Lunatic asylums in Bengal annual reports 1912-1924 - 1912-1924
Year: 1912
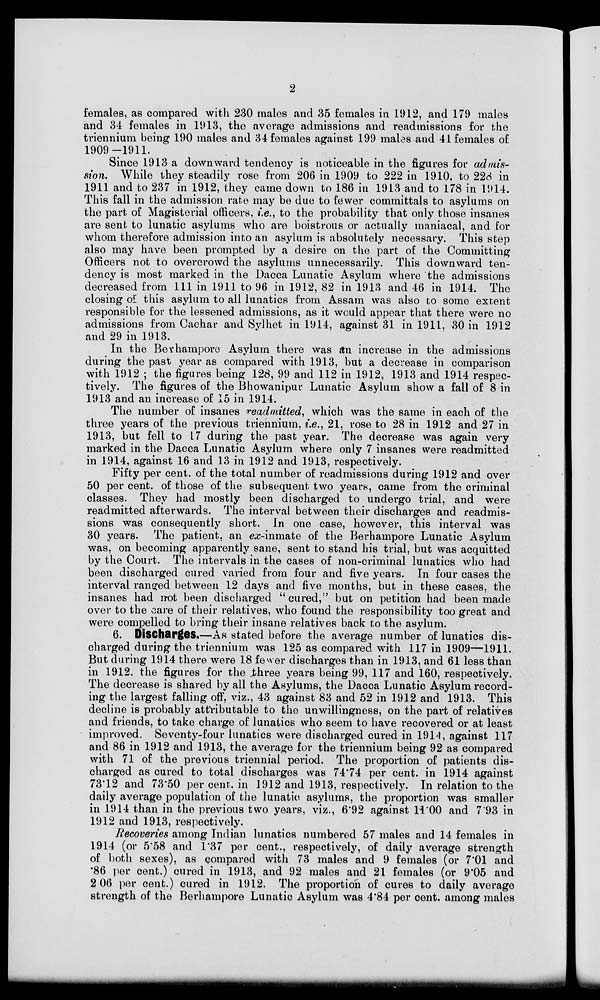
2
females, as compared with 230 males and 35 females in 1912, and 179 males
and 34 females in 1913, the average admissions and readmissions for the
triennium being 190 males and 34 females against 199 males and 41 females of
1909-1911.
Since 1913 a downward tendency is noticeable in the figures for admis-
sion. While they steadily rose from 206 in 1909 to 222 in 1910, to 228 in
1911 and to 237 in 1912, they came down to 186 in 1913 and to 178 in 1914.
This fall in the admission rate may be due to fewer committals to asylums on
the part of Magisterial officers, i.e., to the probability that only those insanes
are sent to lunatic asylums who are boistrous or actually maniacal, and for
whom therefore admission into an asylum is absolutely necessary. This step
also may have been prompted by a desire on the part of the Committing
Officers not to overcrowd the asylums unnecessarily. This downward ten-
dency is most marked in the Dacca Lunatic Asylum where the admissions
decreased from 111 in 1911 to 96 in 1912, 82 in 1913 and 46 in 1914. The
closing of this asylum to all lunatics from Assam was also to some extent
responsible for the lessened admissions, as it would appear that there were no
admissions from Cachar and Sylhet in 1914, against 31 in 1911, 30 in 1912
and 29 in 1913.
In the Berhampore Asylum there was an increase in the admissions
during the past year as compared with 1913, but a decrease in comparison
with 1912 ; the figures being 128, 99 and 112 in 1912, 1913 and 1914 respec-
tively. The figures of the Bhowanipur Lunatic Asylum show a fall of 8 in
1913 and an increase of 15 in 1914.
The number of insanes readmitted, which was the same in each of the
three years of the previous triennium, i.e., 21, rose to 28 in 1912 and 27 in
1913, but fell to 17 during the past year. The decrease was again very
marked in the Dacca Lunatic Asylum where only 7 insanes were readmitted
in 1914, against 16 and 13 in 1912 and 1913, respectively.
Fifty per cent. of the total number of readmissions during 1912 and over
50 per cent. of those of the subsequent two years, came from the criminal
classes. They had mostly been discharged to undergo trial, and were
readmitted afterwards. The interval between their discharges and readmis-
sions was consequently short. In one case, however, this interval was
30 years. The patient, an ex-inmate of the Berhampore Lunatic Asylum
was, on becoming apparently sane, sent to stand his trial, but was acquitted
by the Court. The intervals in the cases of non-criminal lunatics who had
been discharged cured varied from four and five years. In four cases the
interval ranged between 12 days and five months, but in these cases, the
insanes had not been discharged " cured, " but on petition had been made
over to the care of their relatives, who found the responsibility too great and
were compelled to bring their insane relatives back to the asylum.
6. Discharges.—As stated before the average number of lunatics dis-
charged during the triennium was 125 as compared with 117 in 1909—1911.
But during 1914 there were 18 fewer discharges than in 1913, and 61 less than
in 1912. the figures for the three years being 99, 117 and 160, respectively.
The decrease is shared by all the Asylums, the Dacca Lunatic Asylum record-
ing the largest falling off, viz., 43 against 83 and 52 in 1912 and 1913. This
decline is probably attributable to the unwillingness, on the part of relatives
and friends, to take charge of lunatics who seem to have recovered or at least
improved. Seventy-four lunatics were discharged cured in 1914, against 117
and 86 in 1912 and 1913, the average for the triennium being 92 as compared
with 71 of the previous triennial period. The proportion of patients dis-
charged as cured to total discharges was 74.74 per cent. in 1914 against
73.12 and 73.50 per cent, in 1912 and 1913, respectively. In relation to the
daily average population of the lunatic asylums, the proportion was smaller
in 1914 than in the previous two years, viz., 6.92 against 11.00 and 7.93 in
1912 and 1913, respectively.
Recoveries among Indian lunatics numbered 57 males and 14 females in
1914 (or 5.58 and 1.37 per cent., respectively, of daily average strength
of both sexes), as compared with 73 males and 9 females (or 7.01 and
86 per cent.) cured in 1913, and 92 males and 21 females (or 9.05 and
2 06 per cent.) cured in 1912. The proportion of cures to daily average
strength of the Berhampore Lunatic Asylum was 4.84 per cent. among males